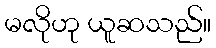
မလိုဟု ယူဆသည်။